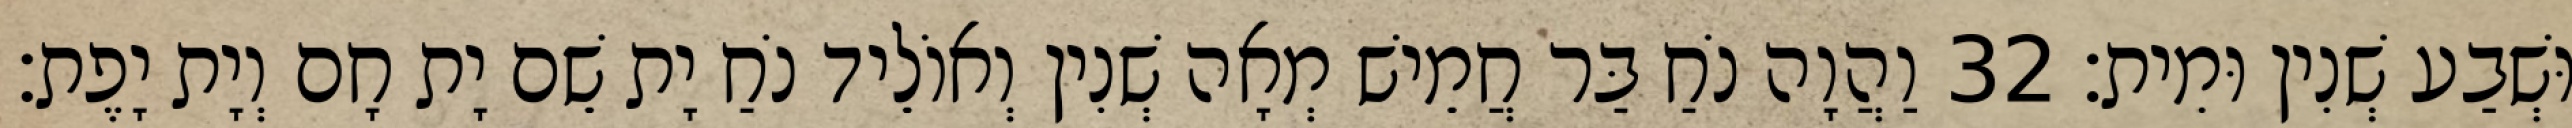
וּשְׁבַע שְׁנִין וּמִית׃ 32 וַהֲוָה נֹחַ בַּר חֲמֵישׁ מְאָה שְׁנִין וְאוֹלֵיד נֹחַ יָת שֵׁם יָת חָם וְיָת יָפֶת׃